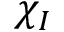
\chi _ { I }